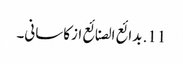
11. بدائع الصنائع ازکاسانی۔